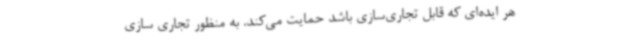
هر ایده‌ای که قابل تجاری‌سازی باشد حمایت می‌کند. به منظور تجاری سازی